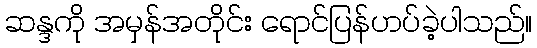
ဆန္ဒကို အမှန်အတိုင်း ရောင်ပြန်ဟပ်ခဲ့ပါသည်။